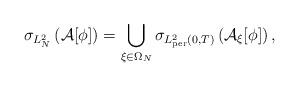
LaTeX: \begin{align*}\sigma_{L^2_N}\left(\mathcal{A}[\phi]\right)=\bigcup_{\xi\in\Omega_N}\sigma_{L^2_{\rm per}(0,T)}\left(\mathcal{A}_\xi[\phi]\right),\end{align*}